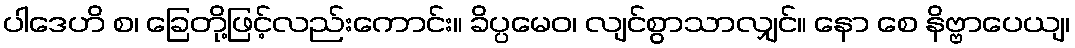
ပါဒေဟိ စ၊ ခြေတို့ဖြင့်လည်းကောင်း။ ခိပ္ပမေဝ၊ လျင်စွာသာလျှင်။ နော စေ နိဗ္ဗာပေယျ၊